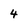
Character: 4